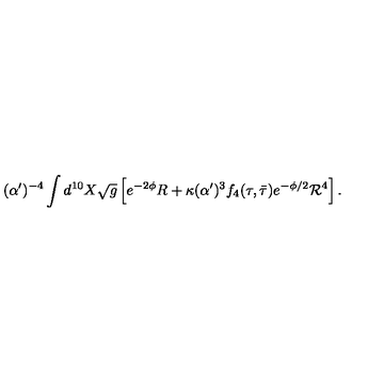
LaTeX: ( \alpha ^ { \prime } ) ^ { - 4 } \int d ^ { 1 0 } X \sqrt { g } \left[ e ^ { - 2 \phi } R + \kappa ( \alpha ^ { \prime } ) ^ { 3 } f _ { 4 } ( \tau , \bar { \tau } ) e ^ { - \phi / 2 } { \cal R } ^ { 4 } \right] .